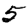
Digit: 5